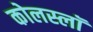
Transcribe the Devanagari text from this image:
कोलस्लॉ